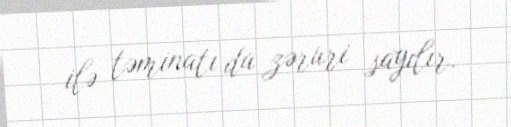
ilə təminatı da zəruri sayılır.